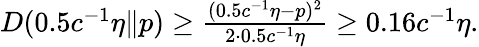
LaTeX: \begin{array}{r}{D(0.5c^{-1}\eta\| p)\ge\frac{(0.5c^{-1}\eta-p)^{2}}{2\cdot 0.5c^{-1}\eta}\ge 0.16c^{-1}\eta.}\end{array}